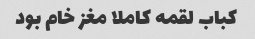
کباب لقمه کاملا مغز خام بود